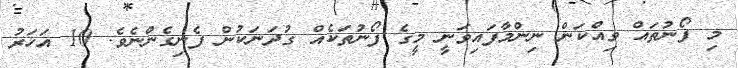
މި ފޯނުތައް ވިއްކަން ނިންމާފައިވަނީ މީގެ ފޯނުތަކެއް ގުދަނަކުން ފެނިގެންނެވެ. 10 އަހަރު